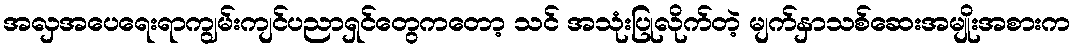
အလှအပေရေးရာကျွမ်းကျင်ပညာရှင်တွေကတော့ သင် အသုံးပြုလိုက်တဲ့ မျက်နှာသစ်ဆေးအမျိုးအစားက